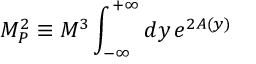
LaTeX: M _ { P } ^ { 2 } \equiv M ^ { 3 } \int _ { - \infty } ^ { + \infty } d y \, e ^ { 2 A ( y ) }